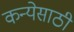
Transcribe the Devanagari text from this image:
कन्येसाठी